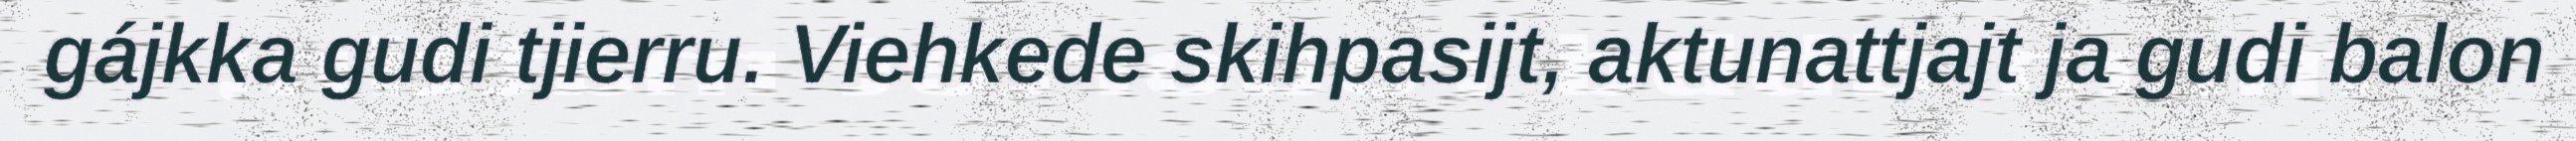
gájkka gudi tjierru. Viehkede skihpasijt, aktunattjajt ja gudi balon